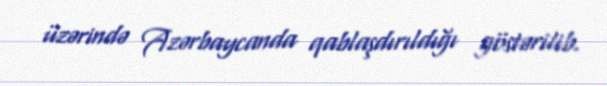
üzərində Azərbaycanda qablaşdırıldığı göstərilib.